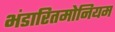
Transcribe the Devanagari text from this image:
भंडारितमोनियम